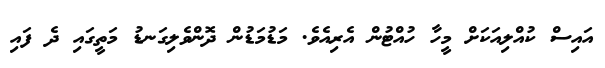
އައިސް ކުއްލިއަކަށް މީހާ ހުއްޓުން އެރިއެވެ. މަޑުމަޑުން ދޮންވެލިގަނޑު މަތީގައި ދެ ފައި